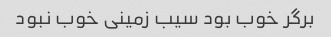
برگر خوب بود سیب زمینی خوب نبود